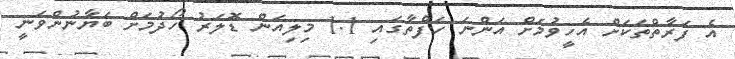
އެ ފަރާތްތަކަށް އެހީވުމަށް އަންނަ ހަފްތާގައި 1.1 މިިލިއަން ޑޮލަރު ހޯދުމަށް ބަޔާނުންވަނީ